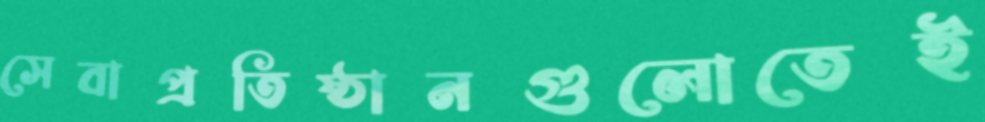
সেবাপ্রতিষ্ঠানগুলোতেই